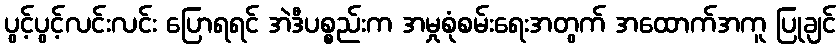
ပွင့်ပွင့်လင်းလင်း ပြောရရင် အဲဒီပစ္စည်းက အမှုစုံစမ်းရေးအတွက် အထောက်အကူ ပြုချင်